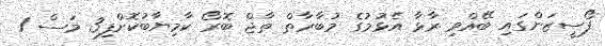
ފޯސީޒަންގައި ބޭއްވި ރާޅާ އެޅުމުގެ މުބާރާތް ތާޖް ބޮރޯ ކާމިޔާބުކޮށްފި3 މަސް 1